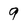
Character: 9